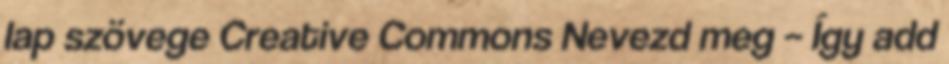
lap szövege Creative Commons Nevezd meg – Így add